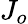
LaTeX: J_{o}